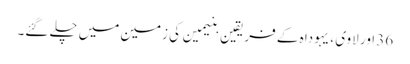
36 اور لاوی ، یہودا ہ کے فریقین بنیمین کی زمین میں چلے گئے۔